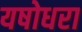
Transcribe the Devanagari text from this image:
यषोधरा